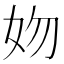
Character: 𡛁